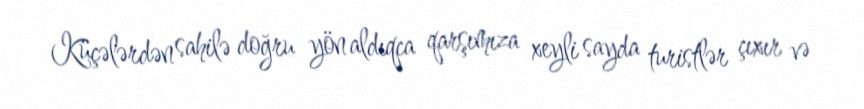
Küçələrdən sahilə doğru yön aldıqca qarşımıza xeyli sayda turistlər çıxır və